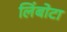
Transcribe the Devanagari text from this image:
लिंबोटा